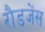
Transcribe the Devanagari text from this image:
रौडजेंस